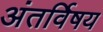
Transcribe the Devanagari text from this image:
अंतर्विषय